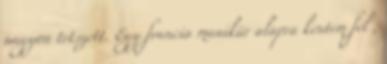
nagyon tetszett. Egy francia manikűr alapra kentem fel ,